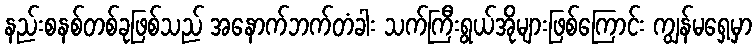
နည်းစနစ်တစ်ခုဖြစ်သည် အနောက်ဘက်တံခါး သက်ကြီးရွယ်အိုများဖြစ်ကြောင်း ကျွန်မရှေ့မှာ